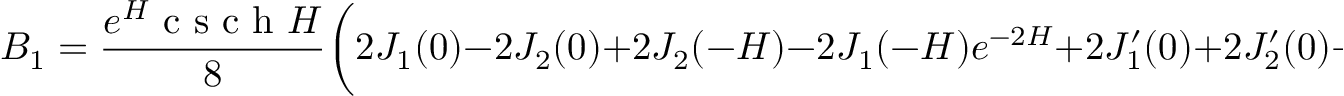
B _ { 1 } = \frac { e ^ { H } \textrm { c s c h } H } { 8 } \bigg ( 2 J _ { 1 } ( 0 ) - 2 J _ { 2 } ( 0 ) + 2 J _ { 2 } ( - H ) - 2 J _ { 1 } ( - H ) e ^ { - 2 H } + 2 J _ { 1 } ^ { \prime } ( 0 ) + 2 J _ { 2 } ^ { \prime } ( 0 ) + J _ { 1 } ^ { \prime \prime } ( 0 ) - J _ { 2 } ^ { \prime \prime } ( 0 ) \bigg )